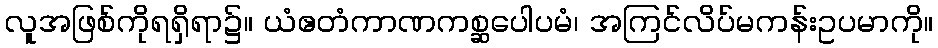
လူအဖြစ်ကိုရရှိရာ၌။ ယံဧတံကာဏကစ္ဆပေါပမံ၊ အကြင်လိပ်မကန်းဥပမာကို။